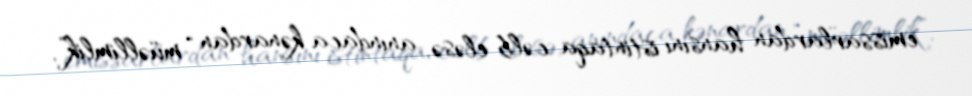
emissarlardan hansını istintaqa cəlb eləsə, anındaca kənardan “müəllimlik”,